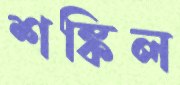
শঙ্কিল